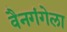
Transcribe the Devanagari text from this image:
वैनगंगेला